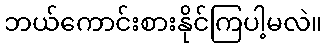
ဘယ်ကောင်းစားနိုင်ကြပါ့မလဲ။